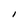
Character: I